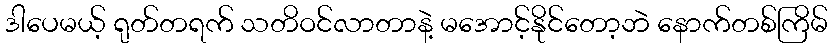
ဒါပေမယ့် ရုတ်တရက် သတိဝင်လာတာနဲ့ မအောင့်နိုင်တော့ဘဲ နောက်တစ်ကြိမ်